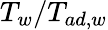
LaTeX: T_{w}/T_{ad,w}